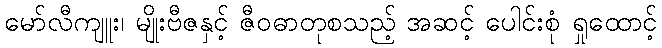
မော်လီကျူး၊ မျိုးဗီဇနှင့် ဇီဝဓာတုစသည့် အဆင့် ပေါင်းစုံ ရှုထောင့်